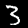
Digit: 3